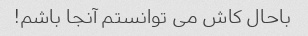
باحال کاش می توانستم آنجا باشم!